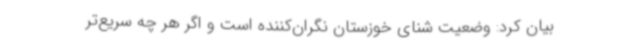
بیان کرد:‌ وضعیت شنای خوزستان نگران‌کننده است و اگر هر چه سریع‌تر